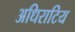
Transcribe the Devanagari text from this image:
अधिराटिय